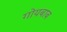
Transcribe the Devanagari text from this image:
गोयबाब